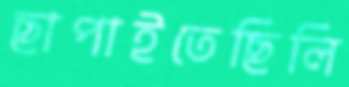
ছাপাইতেছিলি